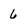
Character: 6